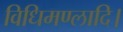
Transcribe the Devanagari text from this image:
विधिमण्लादि।